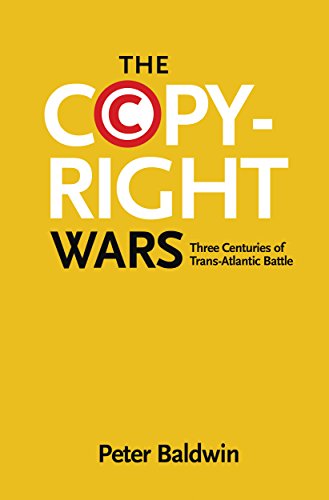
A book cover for The Copyright Wars: Three Centuries of Trans-Atlantic Battle; Peter Baldwin; Law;